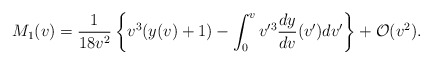
\begin{align*} M_{1}(v)=\frac{1}{18v^2}\left\{v^3(y(v)+1)-\int_0^vv'^3\frac{dy}{dv}(v')dv'\right\}+\mathcal{O}(v^2).\end{align*}